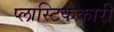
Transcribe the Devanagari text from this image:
प्लास्टिककारी